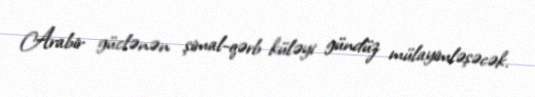
Arabir güclənən şimal-qərb küləyi gündüz mülayimləşəcək.